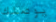
يوصلك